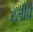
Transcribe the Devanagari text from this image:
टॅलीचे